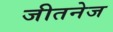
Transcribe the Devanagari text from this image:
जीतनेज